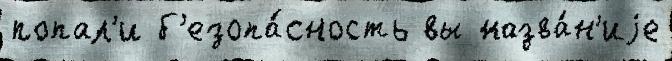
попал'и б'езопа́сность вы назва́н'иjе